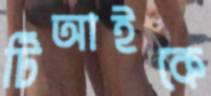
টিআইকে